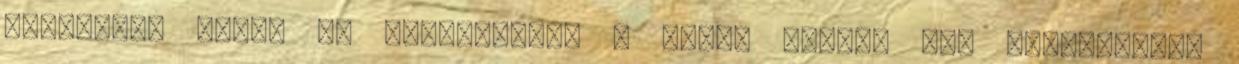
bántalmak ellen is használják. A mezei zsurló nem tévesztendő